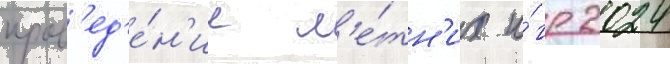
пров'ед'е́н'ие л'е́тн'их и́гр 2024